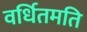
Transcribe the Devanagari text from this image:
वर्धितमति